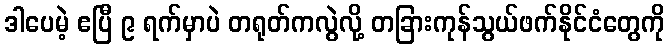
ဒါပေမဲ့ ဧပြီ ၉ ရက်မှာပဲ တရုတ်ကလွဲလို့ တခြားကုန်သွယ်ဖက်နိုင်ငံတွေကို